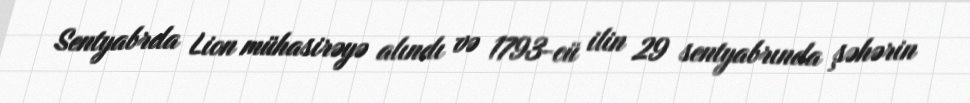
Sentyabrda Lion mühasirəyə alındı və 1793-cü ilin 29 sentyabrında şəhərin